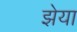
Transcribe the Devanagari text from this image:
झेया